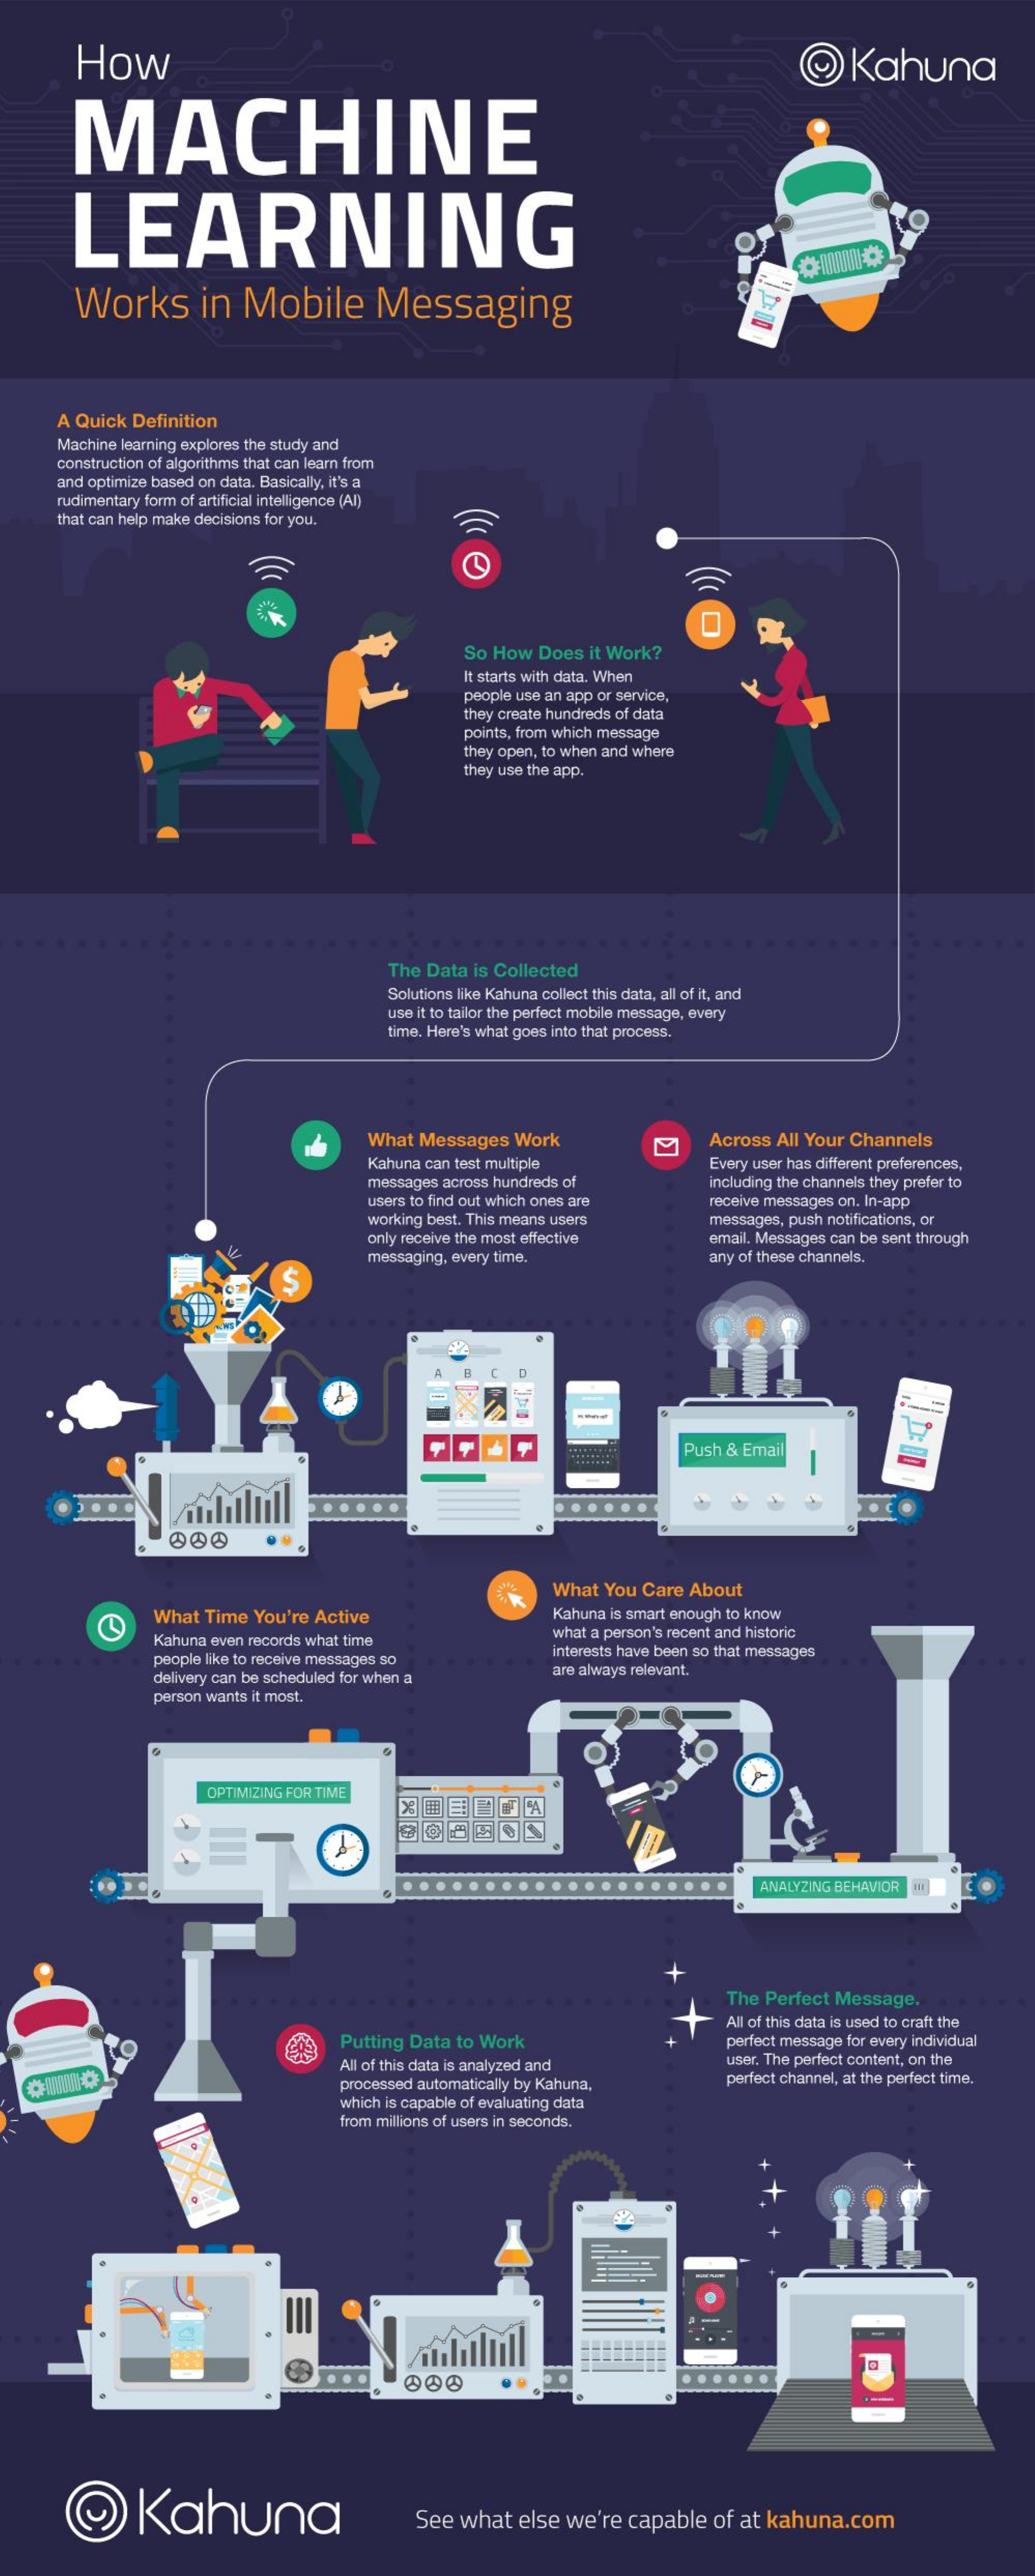
How    @  Kahuna
     MACHINE
     LEARNING
     Works    in  Mobile    Messaging
     A Quick Definition
     Machine learning explores the study and
     construction of algorithms that can learn from
     and optimize based on data. Basically, it's a
     rudimentary form of artificial intelligence (Al)
     that can help make decisions for you.
     So How Does  it Work?
     It starts with data. When
     people use an app or service,
     they create hundreds of data
     points, from which message
     they open, to when and where
     they use the app.
     The Data is Collected
     Solutions like Kahuna collect this data, all of it, and
     use it to tailor the perfect mobile message, every
     time. Here's what goes into that process.
     What Messages Work    Across All Your Channels
     Kahuna can test multiple    Every user has different preferences,
     messages across hundreds of    including the channels they prefer to
     users to find out which ones are  receive messages on. In-app
     working best. This means users    messages, push notifications, or
     only receive the most effective
     messaging, every time.
     email. Messages can be sent through
     any of these channels.
     B  C  D
     Push & Email
     000
     What You Care About
     What Time You're Active    Kahuna is smart enough to know
     Kahuna even records what time    what a person's recent and historic
     people like to receive messages so
     interests have been so that messages
     delivery can be scheduled for when a   are always relevant.
     person wants it most.
     OPTIMIZING FOR TIME
     ANALYZING BEHAVIOR
     The Perfect Message.
     Putting Data to Work
     All of this data is used to craft the
     perfect message for every individual
     All of this data is analyzed and    user. The perfect content, on the
     processed automatically by Kahuna,    perfect channel, at the perfect time,
     which is capable of evaluating data
     from millions of users in seconds.
     000    ..
     @    Kahuna    See  what  else we're capable of at kahuna.com